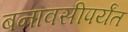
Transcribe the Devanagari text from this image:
बनावसीपर्यंत